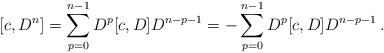
LaTeX: \begin{align*}[ c, D^n ] = \sum_{p=0}^{n-1} D^p [ c, D ] D^{n-p-1} = -\sum_{p=0}^{n-1} D^p [ c, D ] D^{n-p-1}\,.\end{align*}